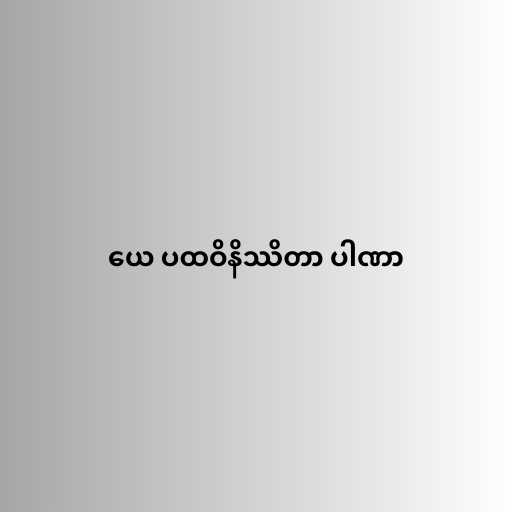
ယေ ပထဝိနိဿိတာ ပါဏာ